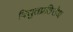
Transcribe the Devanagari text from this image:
विद्युतप्रतिरोध